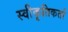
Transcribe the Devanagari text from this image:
स्वीकृतिकर्ता